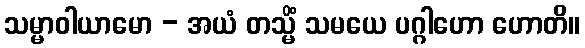
သမ္မာဝါယာမော - အယံ တသ္မိံ သမယေ ပဂ္ဂါဟော ဟောတိ။